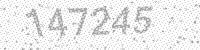
Solution: 147245